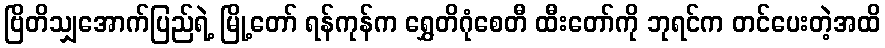
ဗြိတိသျှအောက်ပြည်ရဲ့ မြို့တော် ရန်ကုန်က ရွှေတိဂုံစေတီ ထီးတော်ကို ဘုရင်က တင်ပေးတဲ့အထိ